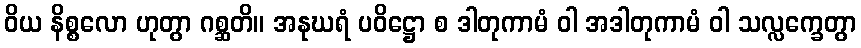
ဝိယ နိစ္စလော ဟုတွာ ဂစ္ဆတိ။ အနုဃရံ ပဝိဋ္ဌော စ ဒါတုကာမံ ဝါ အဒါတုကာမံ ဝါ သလ္လက္ခေတွာ